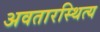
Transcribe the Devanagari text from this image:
अवतारस्थित्य